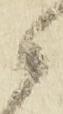
候